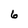
Character: 6